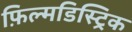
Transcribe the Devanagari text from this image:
फ़िल्मडिस्ट्रिक